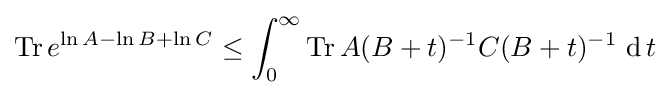
\operatorname {Tr} e^{\ln A-\ln B+\ln C}\leq \int _{0}^{\infty }\operatorname {Tr} A(B+t)^{-1}C(B+t)^{-1}\,\operatorname {d} t